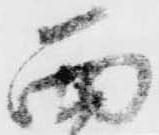
西